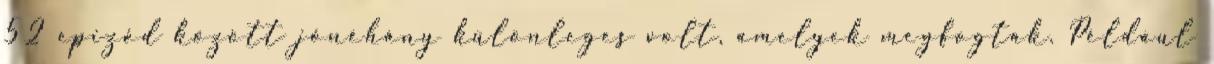
52 epizód között jónéhány különleges volt, amelyek megfogtak. Például